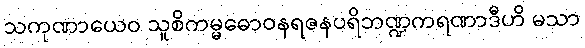
သကုဏာယေဝ သူစိကမ္မဓောဝနရဇနပရိဘဏ္ဍကရဏာဒီဟိ မသာ